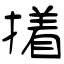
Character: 撯